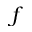
f